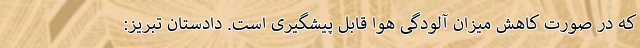
که در صورت کاهش میزان آلودگی هوا قابل پیشگیری است. دادستان تبریز: